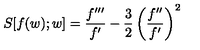
S [ f ( w ) ; w ] = \frac { f ^ { \prime \prime \prime } } { f ^ { \prime } } - \frac 3 2 \left( \frac { f ^ { \prime \prime } } { f ^ { \prime } } \right) ^ { 2 }